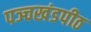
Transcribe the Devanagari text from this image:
पञ्चखंडपीठ